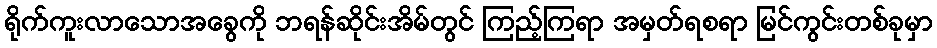
ရိုက်ကူးလာသောအခွေကို ဘရန်ဆိုင်းအိမ်တွင် ကြည့်ကြရာ အမှတ်ရစရာ မြင်ကွင်းတစ်ခုမှာ